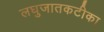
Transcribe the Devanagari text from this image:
लघुजातकटीका